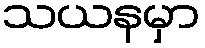
သယနမှာ